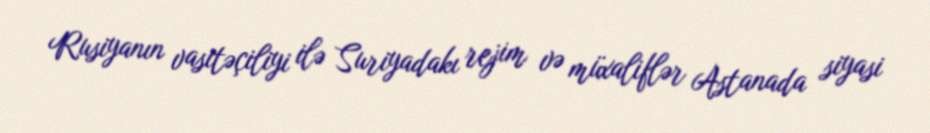
Rusiyanın vasitəçiliyi ilə Suriyadakı rejim və müxaliflər Astanada siyasi